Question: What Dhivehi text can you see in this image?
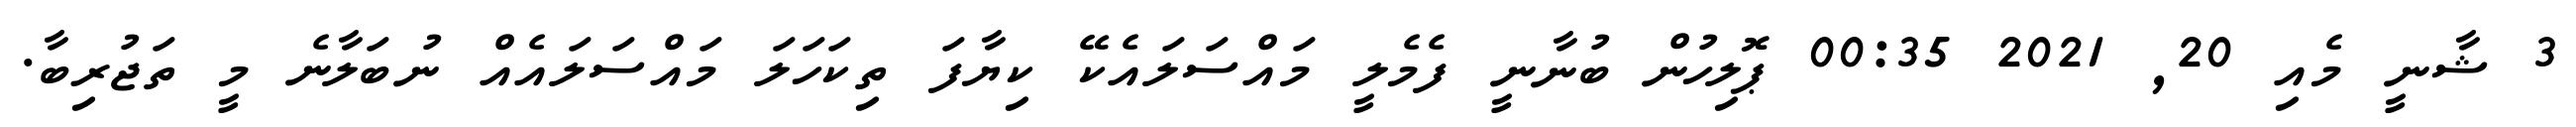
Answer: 3 ޝާނީ މެއި 20, 2021 00:35 ޕޮލިހުން ބުނާނީ ފެމެލީ މައްސަލައެކޭ ކިޔާފަ ތިކަހަލަ މައްސަލައެއް ނުބަލާނެ މީ ތަޖުރިބާ.